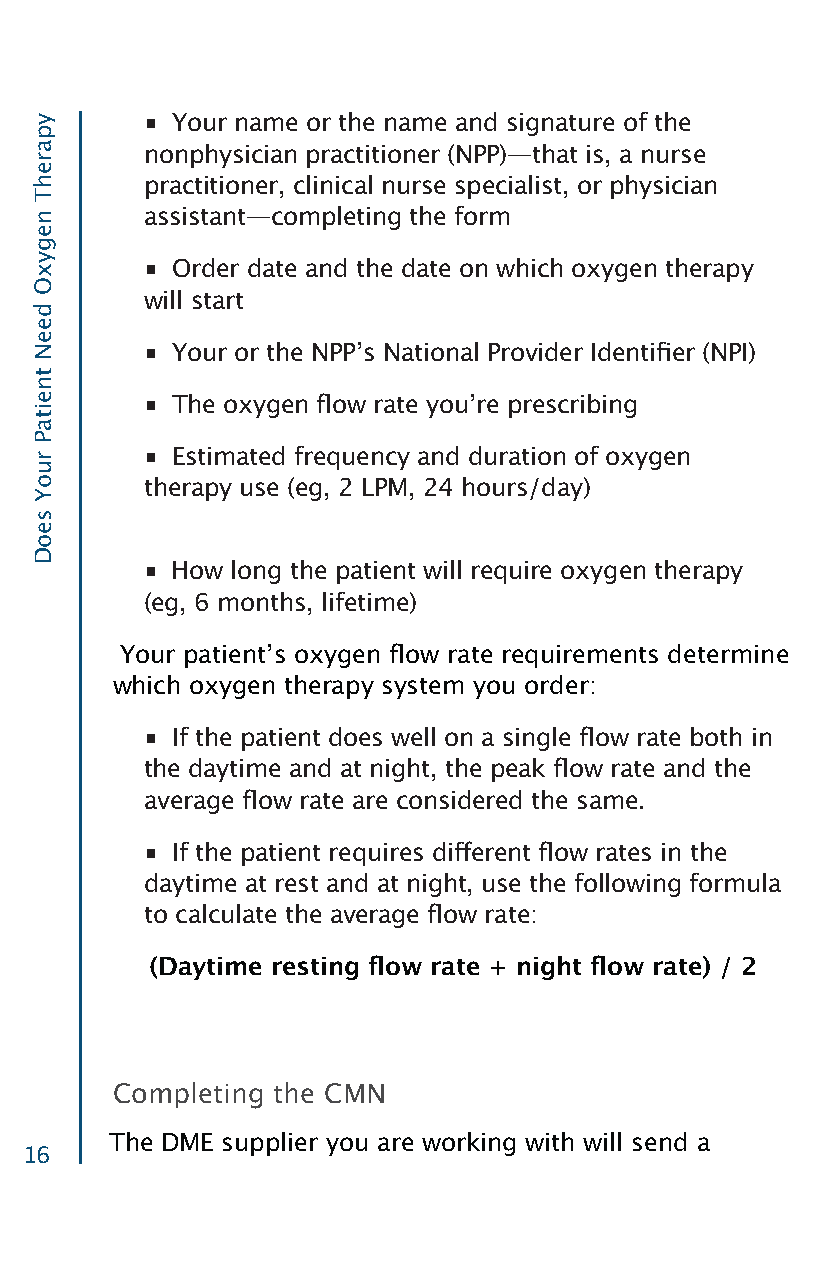
■ Your name or the name and signature of the
 nonphysician practitioner (NPP)—that is, a nurse
 practitioner, clinical nurse specialist, or physician
 assistant—completing the form
 ■ Order date and the date on which oxygen therapy
 will start
 ■ Your or the NPPʼs National Provider Identifier (NPI)
 ■ The oxygen flow rate youʼre prescribing
 ■ Estimated frequency and duration of oxygen
 therapy use (eg, 2 LPM, 24 hours/day)e when
 ordering a
 ■ How long the patient will require oxygen therapy
 (eg, 6 months, lifetime)
 Your patientʼs oxygen flow rate requirements determine
 which oxygen therapy system you order:
 ■ If the patient does well on a single flow rate both in
 the daytime and at night, the peak flow rate and the
 average flow rate are considered the same.
 ■ If the patient requires different flow rates in the
 daytime at rest and at night, use the following formula
 to calculate the average flow rate:
 (Daytime resting flow rate + night flow rate) / 2
 Completing the CMN
 The DME supplier you are working with will send a
 16
 yparehT
 negyxO
 deeN
 tneitaP
 ruoY
 seoD